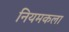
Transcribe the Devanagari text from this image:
नियमकला